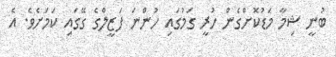
ބުނީ ޝިމާ މަޑުކޮށްގެން ހުރީ ގަމުގައި ހުންނަ ފަޒީލްގެ ގޭގައި ކަމަށެވެ. އެ